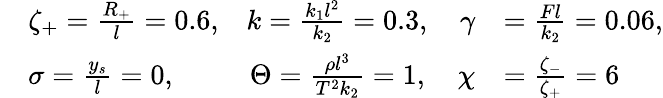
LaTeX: \begin{array}{rlrl}&{\zeta_{+}=\frac{R_{+}}{l}=0.6,}&{k=\frac{k_{1}l^{2}}{k_{2}}=0.3,\quad\gamma}&{=\frac{Fl}{k_{2}}=0.06,}\\ &{\sigma=\frac{y_{s}}{l}=0,}&{\Theta=\frac{\rho l^{3}}{T^{2}k_{2}}=1,\quad\chi}&{=\frac{\zeta_{-}}{\zeta_{+}}=6}\end{array}